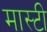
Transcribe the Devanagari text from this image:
मास्टी